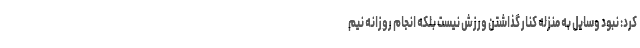
کرد: نبود وسایل به منزله کنار گذاشتن ورزش نیست بلکه انجام روزانه نیم